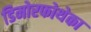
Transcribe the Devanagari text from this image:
डिमोरफोथेका